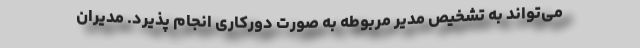
می‌تواند به تشخیص مدیر مربوطه به صورت دورکاری انجام پذیرد. مدیران